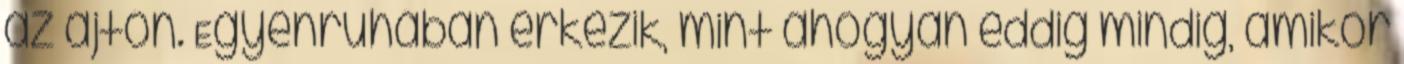
az ajtón. Egyenruhában érkezik, mint ahogyan eddig mindig, amikor